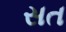
સત